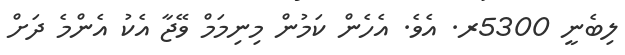
ލިބެނީ 5300ރ. އެވެ. އެހެން ކަމުން މިނިމަމް ވޭޖާ އެކު އެންމެ ދަށް